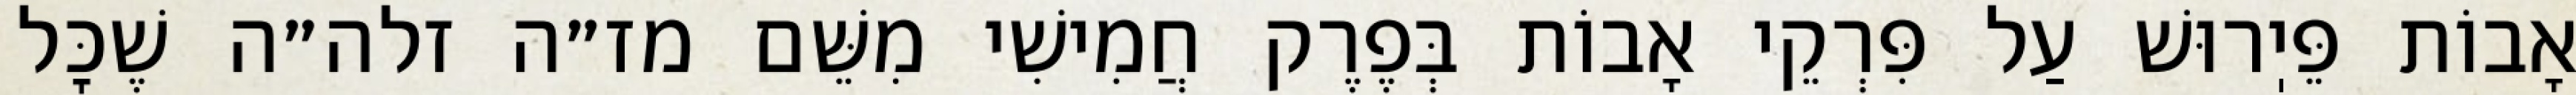
אָבוֹת פֵּיֽרוּשׁ עַל פִּרְקֵי אָבוֹת בְּפֶרֶק חֲמִישִׁי מִשֵּׁם מז״ה זלה״ה שֶׁכׇּל